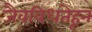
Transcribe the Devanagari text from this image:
जैवविधतेहून